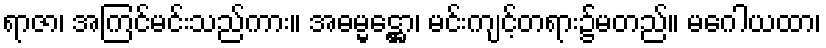
ရာဇာ၊ အကြင်မင်းသည်ကား။ အဓမ္မဋ္ဌော၊ မင်းကျင့်တရား၌မတည်။ မဂေါယထာ၊